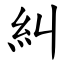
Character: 糾